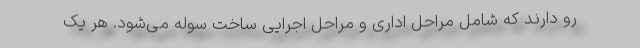
رو دارند که شامل مراحل اداری و مراحل اجرایی ساخت سوله می‌شود. هر یک